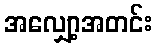
အလျှော့အတင်း